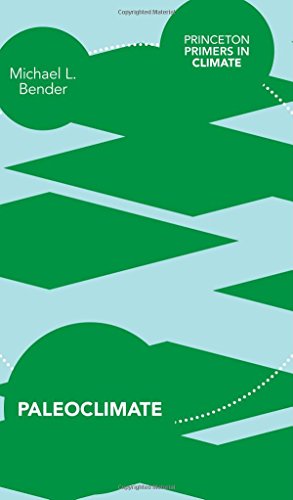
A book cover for Paleoclimate (Princeton Primers in Climate); Michael L. Bender; Science & Math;